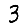
Digit: 3